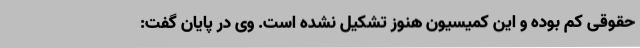
حقوقی کم بوده و این کمیسیون هنوز تشکیل نشده است‌. وی در پایان گفت: